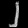
Digit: ၂